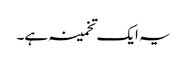
یہ ایک تخمینہ ہے۔